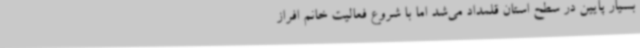
بسیار پایین در سطح استان قلمداد می‌شد اما با شروع فعالیت خانم افراز